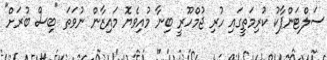
ސަލްޓަންޕާކު ކުރިމަތީގައި ހުރި ޖުމްހޫރީ ބިނާ މުއިވެޔޮ މައިޒާން ނުވަތަ "ބިސް ބުރަށް"